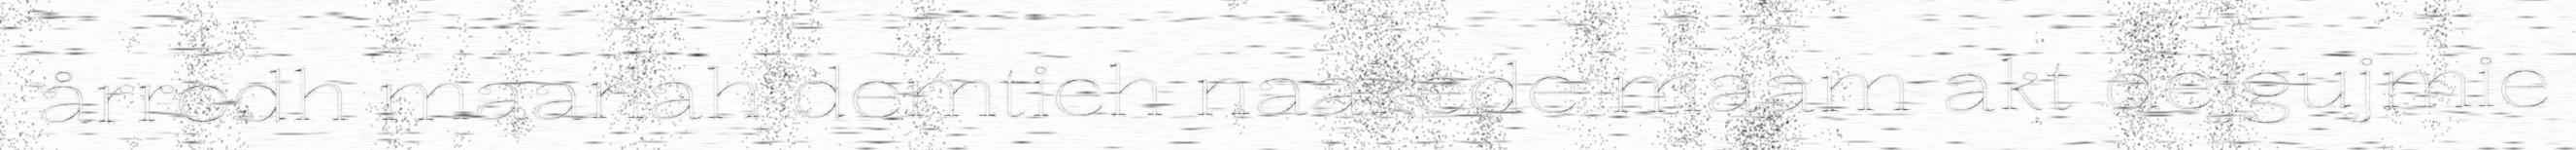
årrodh maanah demtieh naakede maam akt dejgujmie